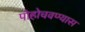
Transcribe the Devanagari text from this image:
पोहोचवण्यास